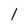
Character: 1